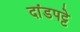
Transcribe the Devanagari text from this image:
दांडपट्टे